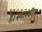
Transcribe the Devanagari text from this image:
हैं।स्मारकीय